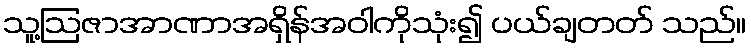
သူ့ဩဇာအာဏာအရှိန်အဝါကိုသုံး၍ ပယ်ချတတ် သည်။